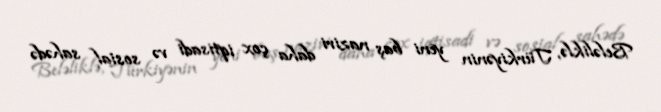
Beləliklə, Türkiyənin yeni baş naziri daha çox iqtisadi və sosial sahədə